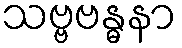
သဗ္ဗဗန္ဓနာ